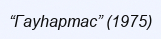
“Гауһартас” (1975)